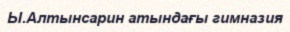
Ы.Алтынсарин атындағы гимназия